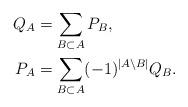
LaTeX: \begin{align*} Q_A &= \sum_{B \subset A} P_B, \\ P_A &= \sum_{B \subset A} (-1)^{|A \setminus B|} Q_B .\end{align*}